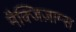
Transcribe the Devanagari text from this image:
मैक्जिज़ाम्स